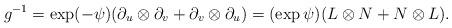
LaTeX: \begin{align*}g^{-1} = \exp(-\psi) (\partial_u \otimes \partial_v + \partial_v \otimes \partial_u) = (\exp \psi) (L \otimes N + N \otimes L). \end{align*}